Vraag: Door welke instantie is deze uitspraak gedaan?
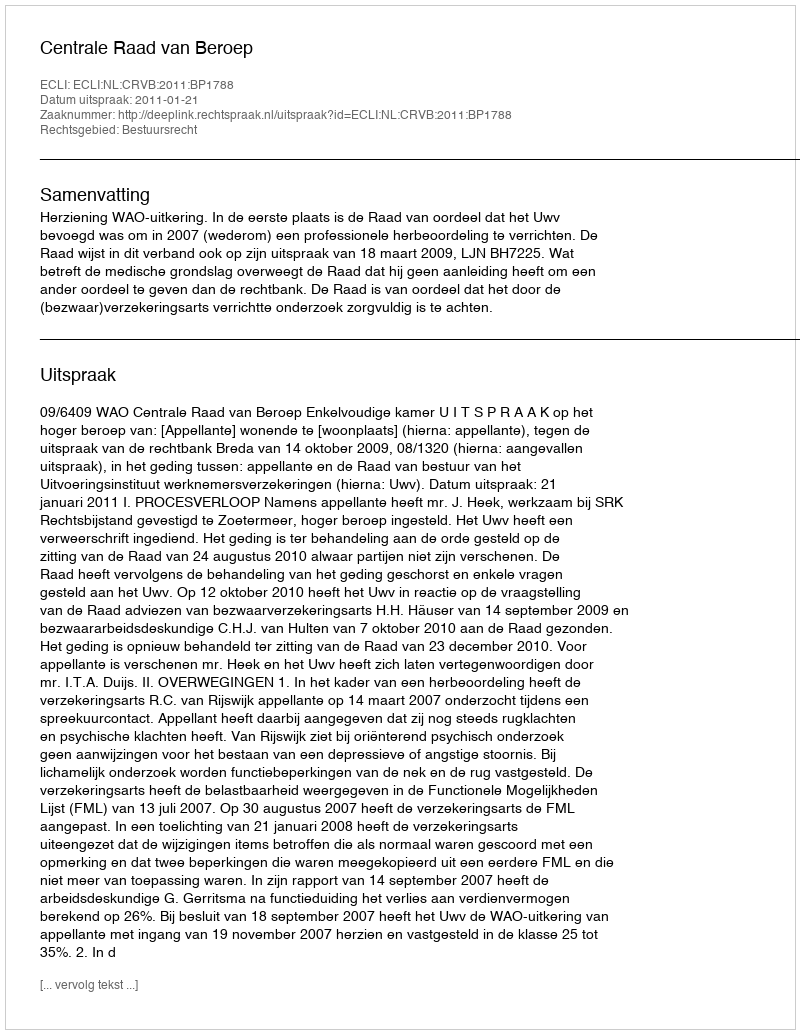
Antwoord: Centrale Raad van Beroep